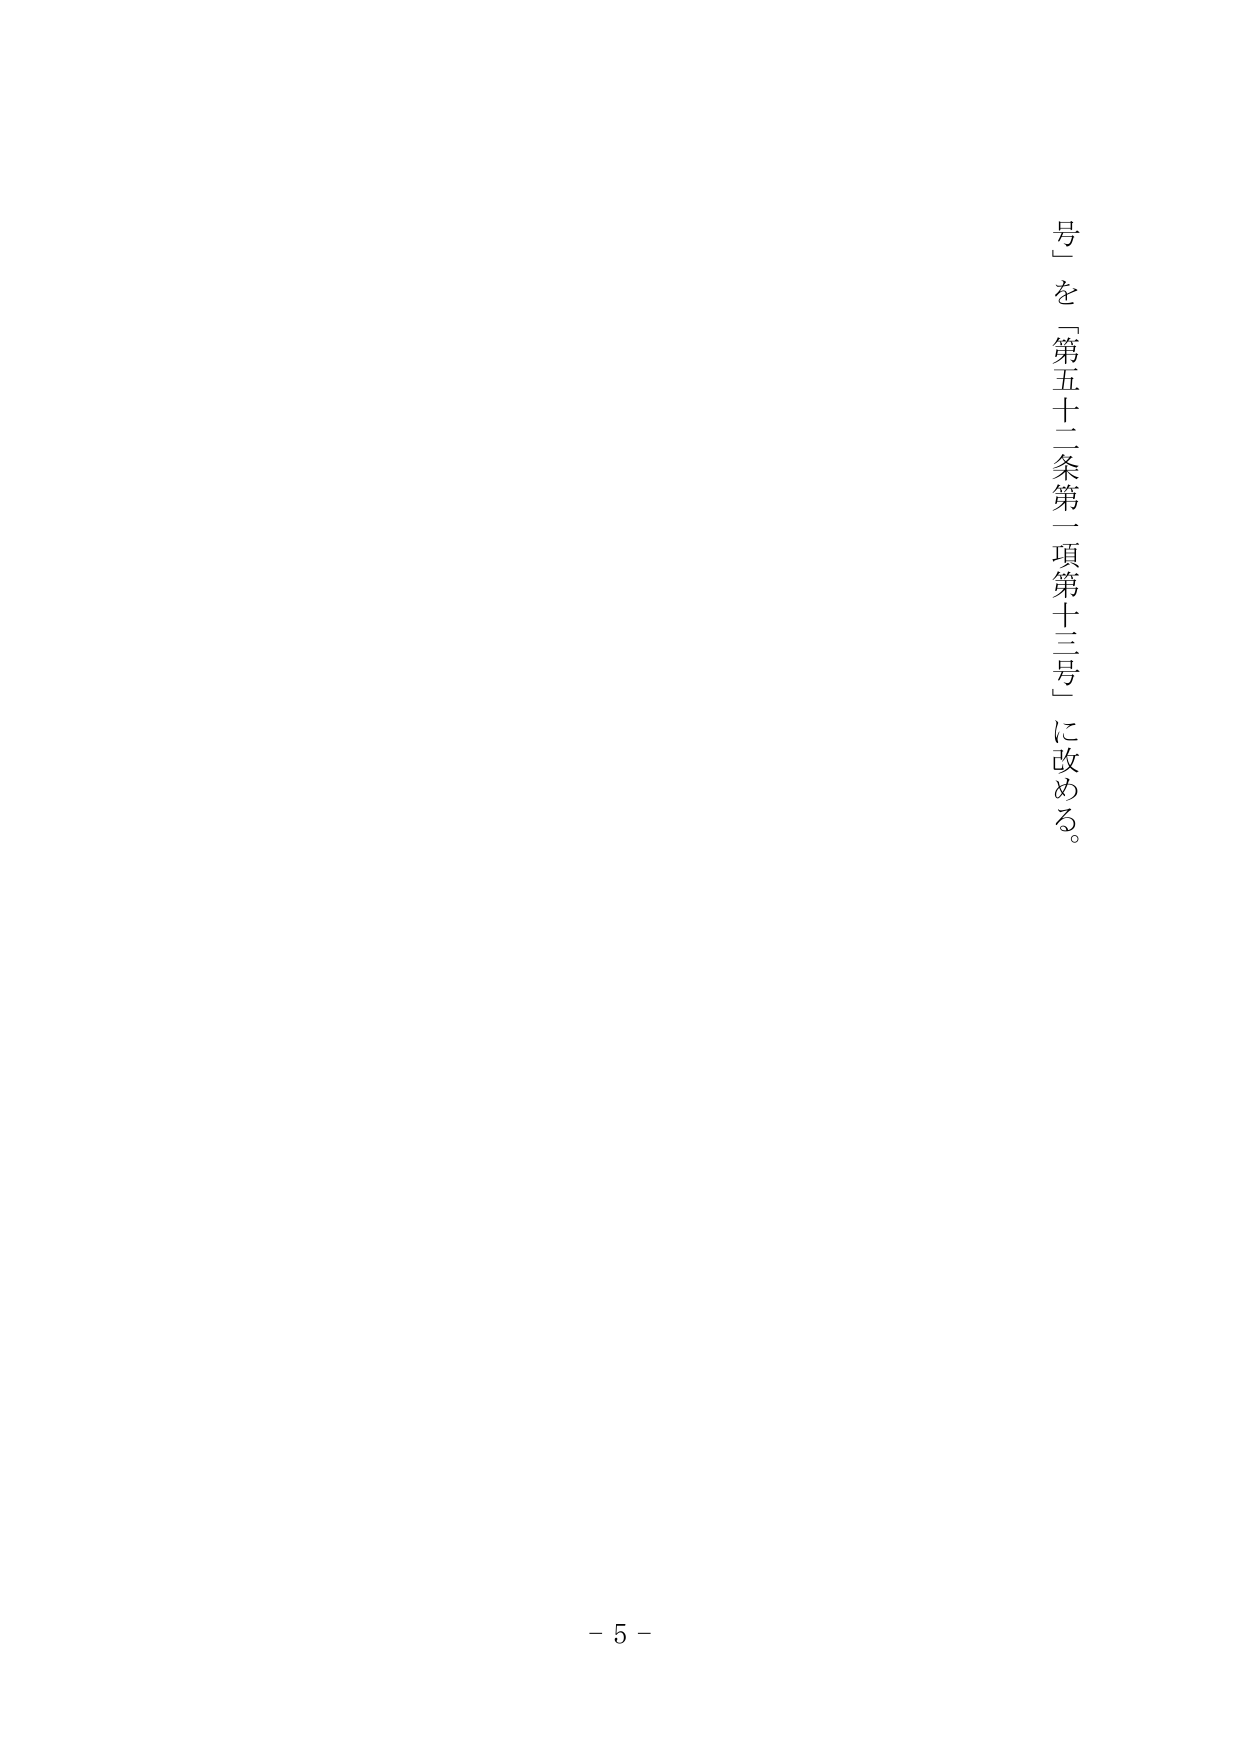
号」を「第五十二条第一項第十三号」に改める。
- 5 -